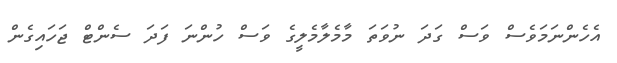
އެހެންނަމަވެސް ވަސް ގަދަ ނުވަތަ މާމެލާމެލީގެ ވަސް ހުންނަ ފަދަ ސެންޓް ޖަހައިގެން